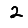
Digit: 2